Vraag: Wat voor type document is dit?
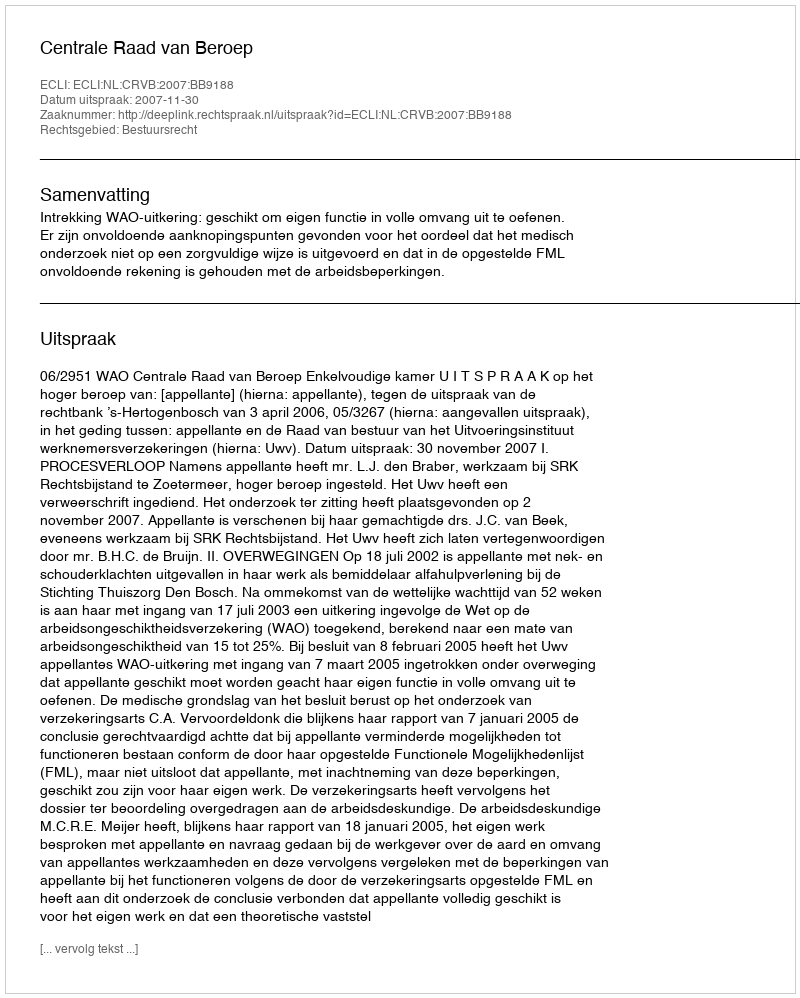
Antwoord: Uitspraak